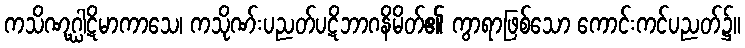
ကသိဏုဂ္ဃါဋိမာကာသေ၊ ကသိုဏ်းပညတ်ပဋိဘာဂနိမိတ်၏ ကွာရာဖြစ်သော ကောင်းကင်ပညတ်၌။